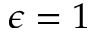
\epsilon = 1